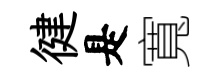
徤是寬